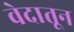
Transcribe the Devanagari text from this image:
वेदातून